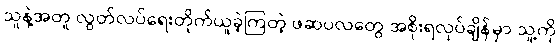
သူနဲ့အတူ လွတ်လပ်ရေးတိုက်ယူခဲ့ကြတဲ့ ဖဆပလတွေ အစိုးရလုပ်ချိန်မှာ သူ့ကို